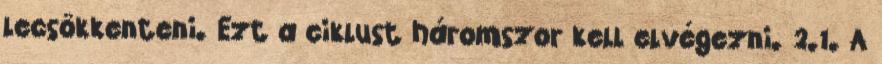
lecsökkenteni. Ezt a ciklust háromszor kell elvégezni. 2.1. A